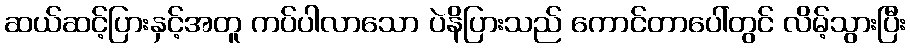
ဆယ်ဆင့်ပြားနှင့်အတူ ကပ်ပါလာသော ပဲနိပြားသည် ကောင်တာပေါ်တွင် လိမ့်သွားပြီး